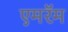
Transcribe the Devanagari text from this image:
एमरॅम